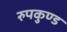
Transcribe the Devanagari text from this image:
रुपकुण्ड